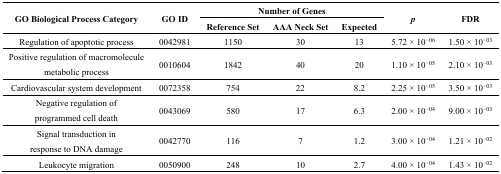
| <ROWSPAN=2> GO Biological Process Category | <ROWSPAN=2> GO ID | <COLSPAN=3> Number of Genes | <ROWSPAN=2> p | <ROWSPAN=2> FDR |
 | Reference Set | AAA Neck Set | Expected |
 | --- | --- | --- | --- | --- | --- | --- |
 | Regulation of apoptotic process | 0042981 | 1150 | 30 | 13 | 5.72 × 10−06 | 1.50 × 10−03 |
 | Positive regulation of macromolecule metabolic process | 0010604 | 1842 | 40 | 20 | 1.10 × 10−05 | 2.10 × 10−03 |
 | Cardiovascular system development | 0072358 | 754 | 22 | 8.2 | 2.25 × 10−05 | 3.50 × 10−03 |
 | Negative regulation of programmed cell death | 0043069 | 580 | 17 | 6.3 | 2.00 × 10−04 | 9.00 × 10−03 |
 | Signal transduction in response to DNA damage | 0042770 | 116 | 7 | 1.2 | 3.00 × 10−04 | 1.21 × 10−02 |
 | Leukocyte migration | 0050900 | 248 | 10 | 2.7 | 4.00 × 10−04 | 1.43 × 10−02 |